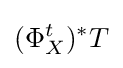
(\Phi _{X}^{t})^{*}T